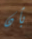
بأن